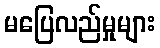
မပြေလည်မှုများ